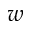
w